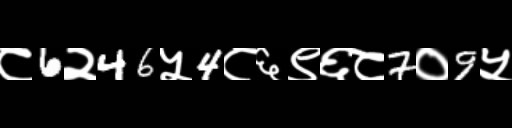
Text: ८6२46५4८६९६८7०9५